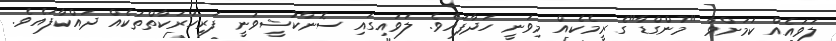
ލަވައެއް ކަމަށްވާ "މުންގްޑާ"ގެ ރީމެކެއް މިވަނީ ހަދާފައެވެ. ލަވައިގައި ސޮނާކުޝީވަނީ ފަރިހަރަކާތްތަކެއް ދައްކާފައެވެ.